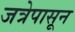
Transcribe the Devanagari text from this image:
जत्रेपासून